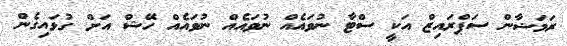
ރަމަޟާން ސަޕްރައިޒް އަކީ ސްޓާ ނުވައެއް ނުވައެއް ނުވައެއް ހޭޝް އަށް ގުޅައިގެން